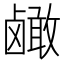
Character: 𬸹